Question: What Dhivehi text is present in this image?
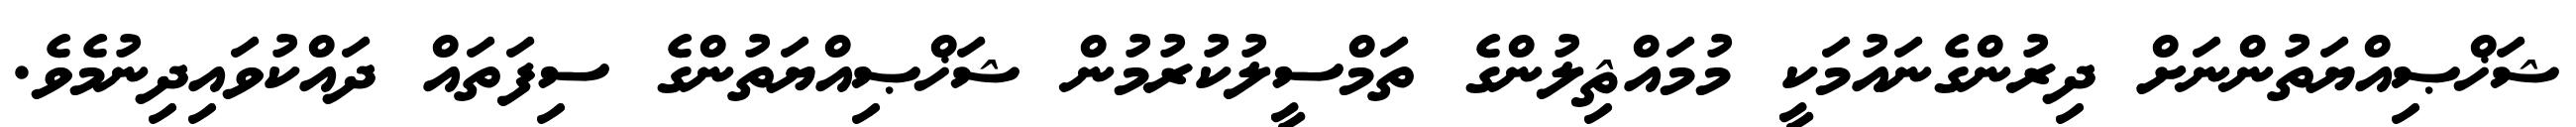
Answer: ޝަޚްޞިއްޔަތުންނަށް ދިރުންގެނައުމަކީ މުމައްޘިލުންގެ ތަމްސީލުކުރުމުން ޝަޚްޞިއްޔަތުންގެ ސިފަތައް ދައްކުވައިދިނުމެވެ.